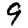
Digit: 9